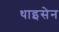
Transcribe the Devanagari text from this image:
थाइसेन